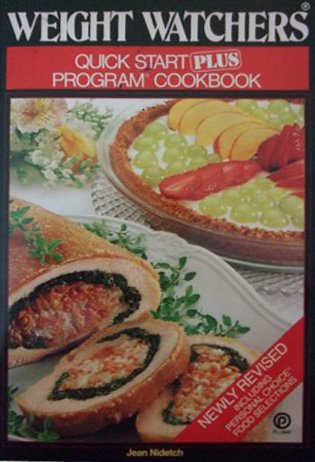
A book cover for Weight Watchers Quick Start Plus Program Cookbook (Including Personal Choice Food Selections); Jean Nidetch; Health, Fitness & Dieting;